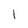
Character: l